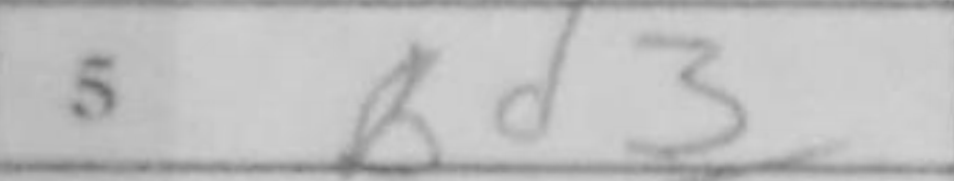
Transcription: Bd3